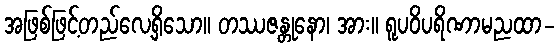
အဖြစ်ဖြင့်တည်လေ့ရှိသော။ တဿဇန္တုနော၊ အား။ ရူပဝိပရိဏာမညထာ-